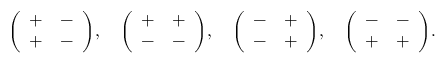
{ \left( \begin{array} { l l } { + } & { - } \\ { + } & { - } \end{array} \right) } , \quad { \left( \begin{array} { l l } { + } & { + } \\ { - } & { - } \end{array} \right) } , \quad { \left( \begin{array} { l l } { - } & { + } \\ { - } & { + } \end{array} \right) } , \quad { \left( \begin{array} { l l } { - } & { - } \\ { + } & { + } \end{array} \right) } .